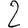
Digit: 2